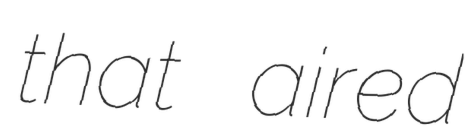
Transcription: that aired